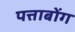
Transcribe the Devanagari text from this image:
पत्ताबोंग